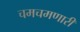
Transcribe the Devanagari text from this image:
चमचमणारी